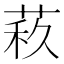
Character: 𦲦